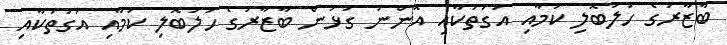
ބާޒާރުގެ ހަލަބޮލި ކަމާއި އަގުތަކާއި އޮންނަ ގުޅުން ބާޒާރުގެ ހަލަބޮލި ކަމާއި އަގުތަކާއި